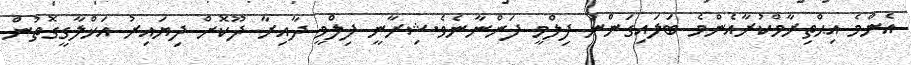
އެންމެ އިޙްތިރާމްކުރާއެންމެ ބަލައިގަންނަ ފިލްމީ ފަންނާނެވެ.ޝިރާނީ ފިލްމީ ދާއިރާ ދޫކޮށް ދިޔައިރު އަޚްލާގީގޮތުން